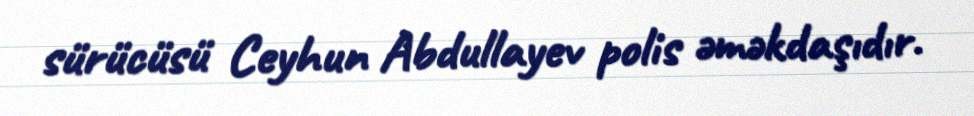
sürücüsü Ceyhun Abdullayev polis əməkdaşıdır.